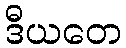
ဒီယတေ